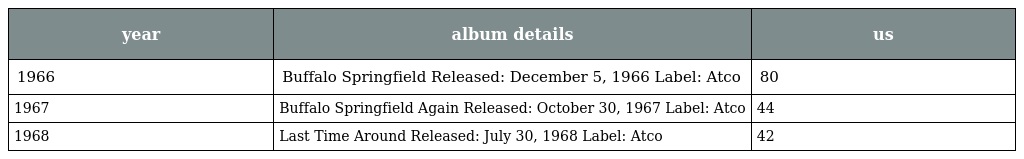
| year | album details | us |
 | --- | --- | --- |
 | 1966 | Buffalo Springfield Released: December 5, 1966 Label: Atco | 80 |
 | 1967 | Buffalo Springfield Again Released: October 30, 1967 Label: Atco | 44 |
 | 1968 | Last Time Around Released: July 30, 1968 Label: Atco | 42 |